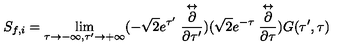
S _ { f , i } = \lim _ { \tau \rightarrow - \infty , \tau ^ { \prime } \rightarrow + \infty } ( - \sqrt { 2 } e ^ { \tau ^ { \prime } } \stackrel { \leftrightarrow } { \frac { \partial } { \partial \tau ^ { \prime } } } ) ( \sqrt { 2 } e ^ { - \tau } \stackrel { \leftrightarrow } { \frac { \partial } { \partial \tau } } ) G ( \tau ^ { \prime } , \tau )